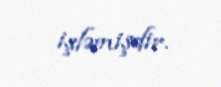
işləmişdir.